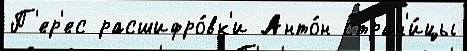
П'ер'ес расшифро́вк'и Анто́н стран'и́цы